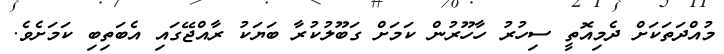
މުއްދަތަކަށް ދެމިއޮތީ ސިހުރު ހާހޫރުން ކަމަށް ގަބޫލުކުރާ ބަޔަކު ރާއްޖޭގައި އެބަތިބި ކަމަށެވެ.